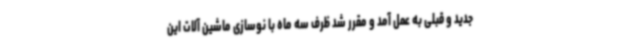
جدید و قبلی به عمل آمد و مقرر شد ظرف سه ماه با نوسازی ماشین آلات این